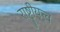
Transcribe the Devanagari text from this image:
राष्ट्रीयत्त्व